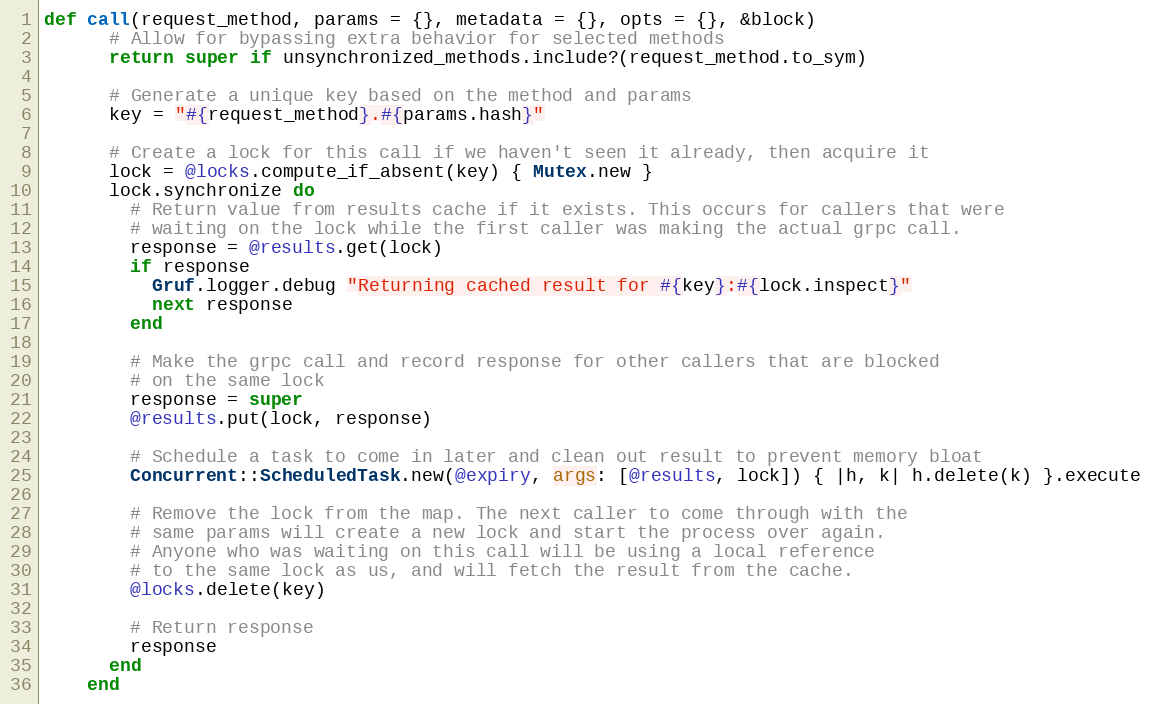
Language: Ruby
def call(request_method, params = {}, metadata = {}, opts = {}, &block)
      # Allow for bypassing extra behavior for selected methods
      return super if unsynchronized_methods.include?(request_method.to_sym)

      # Generate a unique key based on the method and params
      key = "#{request_method}.#{params.hash}"

      # Create a lock for this call if we haven't seen it already, then acquire it
      lock = @locks.compute_if_absent(key) { Mutex.new }
      lock.synchronize do
        # Return value from results cache if it exists. This occurs for callers that were
        # waiting on the lock while the first caller was making the actual grpc call.
        response = @results.get(lock)
        if response
          Gruf.logger.debug "Returning cached result for #{key}:#{lock.inspect}"
          next response
        end

        # Make the grpc call and record response for other callers that are blocked
        # on the same lock
        response = super
        @results.put(lock, response)

        # Schedule a task to come in later and clean out result to prevent memory bloat
        Concurrent::ScheduledTask.new(@expiry, args: [@results, lock]) { |h, k| h.delete(k) }.execute

        # Remove the lock from the map. The next caller to come through with the
        # same params will create a new lock and start the process over again.
        # Anyone who was waiting on this call will be using a local reference
        # to the same lock as us, and will fetch the result from the cache.
        @locks.delete(key)

        # Return response
        response
      end
    end